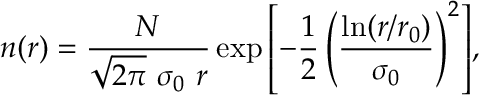
n ( r ) = \frac { N } { \sqrt { 2 \pi } \ \sigma _ { 0 } \ r } \exp { \left[ - \frac { 1 } { 2 } \left( \frac { \ln ( r / r _ { 0 } ) } { \sigma _ { 0 } } \right) ^ { 2 } \right] } ,